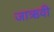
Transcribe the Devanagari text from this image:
जाऋवी